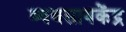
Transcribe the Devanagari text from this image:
व्यवसायकेंद्र